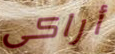
أراكى